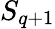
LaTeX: S_{q+1}